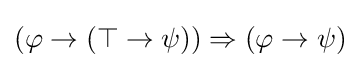
(\varphi \rightarrow (\top \rightarrow \psi ))\Rightarrow (\varphi \rightarrow \psi )